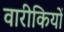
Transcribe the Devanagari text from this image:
वारीकियों